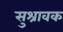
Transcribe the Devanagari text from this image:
सुश्रावक